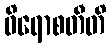
ဝိရောစတီတိ